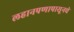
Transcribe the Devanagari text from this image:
लहानपणापासूनचे